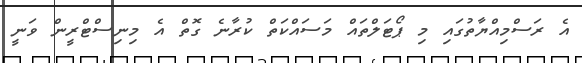
އެ ރަސްމިއްޔާތުގައި މި ޕޯޓަލްތައް މަސައްކަތް ކުރާނެ ގޮތް އެ މިނިސްޓްރީން ވަނީ